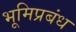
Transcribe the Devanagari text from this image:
भूमिप्रबंध